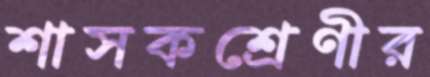
শাসকশ্রেণীর